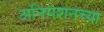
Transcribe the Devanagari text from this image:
अनिमेशनच्या